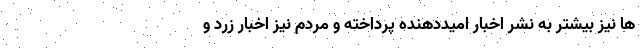
ها نیز بیشتر به نشر اخبار امیددهنده پرداخته و مردم نیز اخبار زرد و